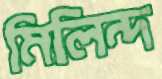
মিলিন্দ